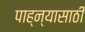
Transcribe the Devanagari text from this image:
पाह्न्यासाठी